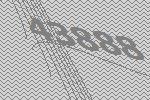
43888